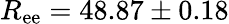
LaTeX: R_{\mathrm{ee}}=48.87\pm 0.18